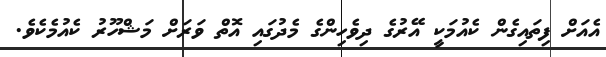
އެއަށް ފިތައިގެން ކެއުމަކީ އޭރުގެ ދިވެހިންގެ މެދުގައި އޮތް ވަރަށް މަޝްހޫރު ކެއުމެކެވެ.